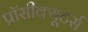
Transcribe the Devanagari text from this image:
प्रॉसीक्यूटर्स